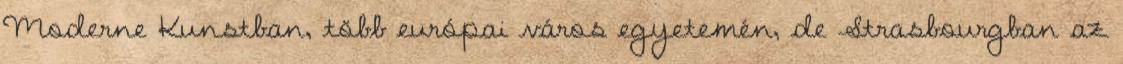
Moderne Kunstban, több európai város egyetemén, de Strasbourgban az